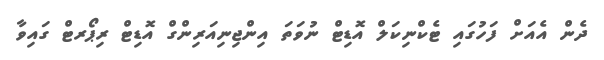
ދެން އެއަށް ފަހުގައި ޓެކްނިކަލް އޮޑިޓް ނުވަތަ އިންޖިނިއަރިންގް އޮޑިޓް ރިޕޯރޓް ގައިވާ